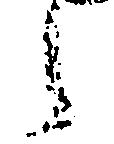
之